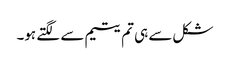
شکل سے ہی تم یتیم سے لگتے ہو۔